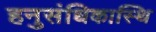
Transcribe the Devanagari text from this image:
हनुसंधिकास्थि